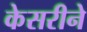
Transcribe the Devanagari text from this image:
केसरीने